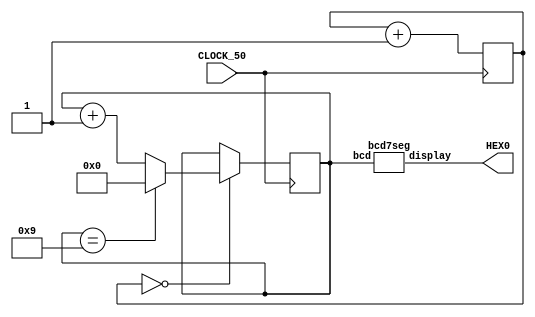
// uses a 1-digit bcd counter enabled at 1Hz
module part5 (CLOCK_50, HEX0);
	input CLOCK_50;
	output [0:6] HEX0;

	wire [3:0] bcd;
	parameter m = 25;
	reg [m-1:0] slow_count;

	reg[3:0] digit_flipper;

	// Create a 1Hz 4-bit counter

	// A large counter to produce a 1 second (approx) enable from the 50 MHz Clock
	always @(posedge CLOCK_50)
		slow_count <= slow_count + 1'b1;

	// four-bit counter that uses a slow enable for selecting digit
	always @ (posedge CLOCK_50)
		if (slow_count == 0)
			if (digit_flipper == 4'h9)
				digit_flipper <= 4'h0;
	 		else
				digit_flipper <= digit_flipper + 1'b1;
				
	assign bcd = digit_flipper;
	// drive the display through a 7-seg decoder
	bcd7seg digit_0 (bcd, HEX0);
	
endmodule

module bcd7seg (bcd, display);
	input [3:0] bcd;
	output [0:6] display;

	reg [0:6] display;

	/*
	 *       0  
	 *      ---  
	 *     |   |
	 *    5|   |1
	 *     | 6 |
	 *      ---  
	 *     |   |
	 *    4|   |2
	 *     |   |
	 *      ---  
	 *       3  
	 */
	always @ (bcd)
		case (bcd)
			4'h0: display = 7'b0000001;
			4'h1: display = 7'b1001111;
			4'h2: display = 7'b0010010;
			4'h3: display = 7'b0000110;
			4'h4: display = 7'b1001100;
			4'h5: display = 7'b0100100;
			4'h6: display = 7'b0100000;
			4'h7: display = 7'b0001111;
			4'h8: display = 7'b0000000;
			4'h9: display = 7'b0000100;
			default: display = 7'bx;
		endcase
endmodule